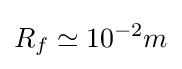
R_{f}\simeq 10^{-2}m